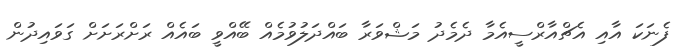
ފެނަކަ އާއި އެޗްއާރްސީއެމާ ދެމެދު މަޝްވަރާ ބައްދަލުވުމެއް ބޭއްވީ ބައެއް ރަށްރަށަށް ގަވައިދުން